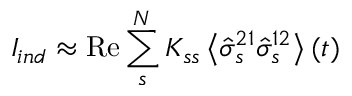
I _ { i n d } \approx \mathrm { R e } \sum _ { s } ^ { N } K _ { s s } \left\langle \hat { \sigma } _ { s } ^ { 2 1 } \hat { \sigma } _ { s } ^ { 1 2 } \right\rangle ( t )